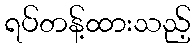
ရပ်တန့်ထားသည့်